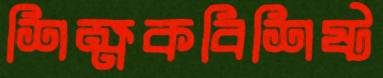
শিক্ষকবিশিষ্ট